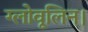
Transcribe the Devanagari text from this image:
ग्लोवूलिन।